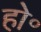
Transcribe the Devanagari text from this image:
हो॰